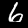
Label: 6